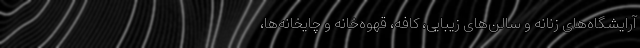
آرایشگاه‌های زنانه و سالن‌های زیبایی، کافه، قهوه‌خانه و چایخانه‌ها،